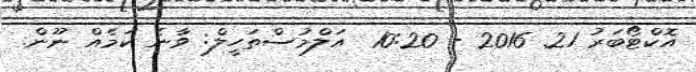
އޮކްޓޯބަރު 21